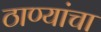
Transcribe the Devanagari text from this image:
ठाण्यांचा